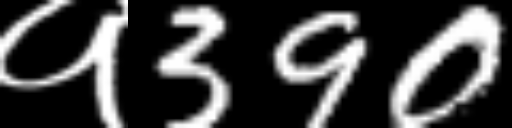
Text: १390